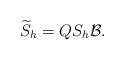
LaTeX: \begin{align*}\widetilde{S}_h = Q S_h \mathcal{B}.\end{align*}